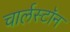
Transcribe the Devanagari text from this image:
चार्लस्टॉन